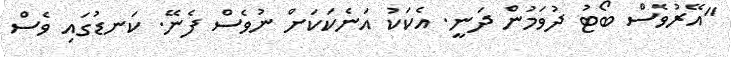
"އޭރުވެސް ބޯޓު ދުވަމުން ދަނީ. އެކަކު އަނެކަކަށް ނުވެސް ފެނޭ. ކަނޑުގައި ވެސް